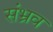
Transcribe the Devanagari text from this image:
संभ्रव